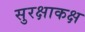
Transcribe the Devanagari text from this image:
सुरक्षाकक्ष